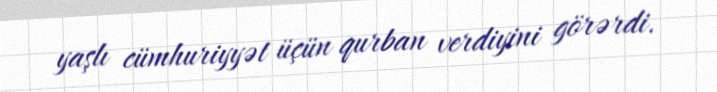
yaşlı cümhuriyyət üçün qurban verdiyini görərdi.